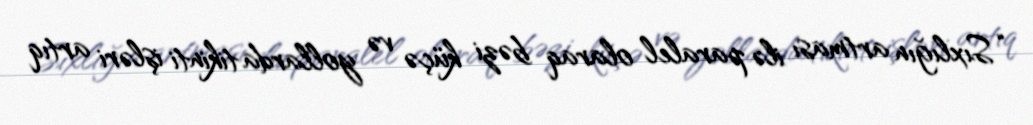
“Sıxlığın artması ilə paralel olaraq bəzi küçə və yollarda tikinti işləri artıq